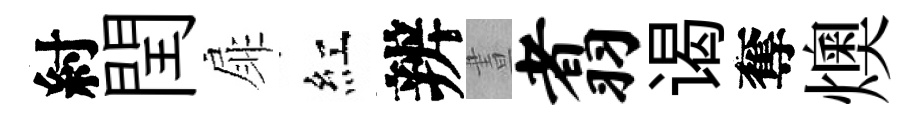
紂閏扉紅辨晝翥谒奪燠